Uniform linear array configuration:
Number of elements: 8
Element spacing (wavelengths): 0.75
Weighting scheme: exponential
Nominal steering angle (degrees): -60
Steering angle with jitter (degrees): -60.666
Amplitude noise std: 0.05
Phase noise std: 0.05

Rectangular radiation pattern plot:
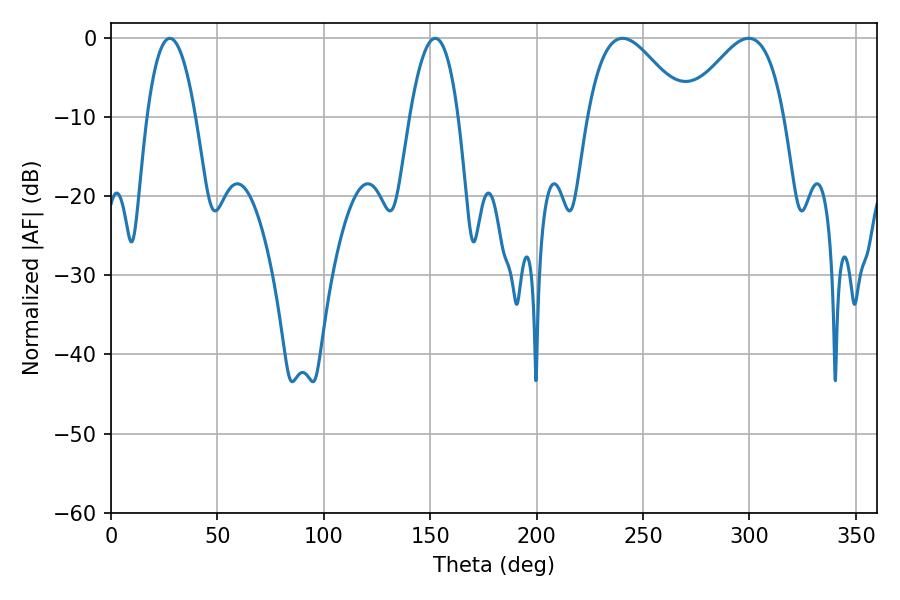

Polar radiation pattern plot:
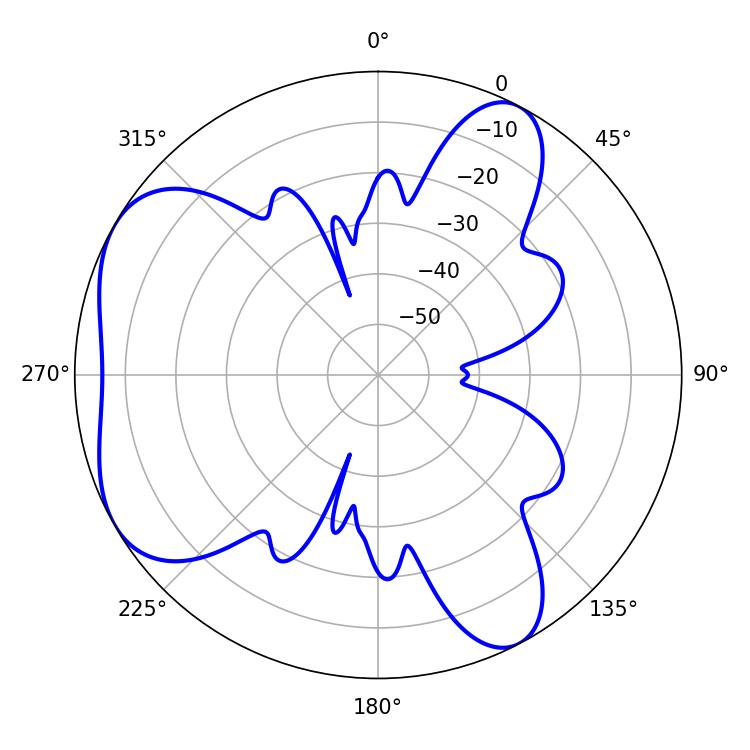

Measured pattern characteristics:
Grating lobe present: TRUE
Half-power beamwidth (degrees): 24.66
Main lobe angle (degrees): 240.3